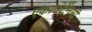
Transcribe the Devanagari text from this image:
एकाउंटेंनसी